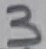
Text: 3